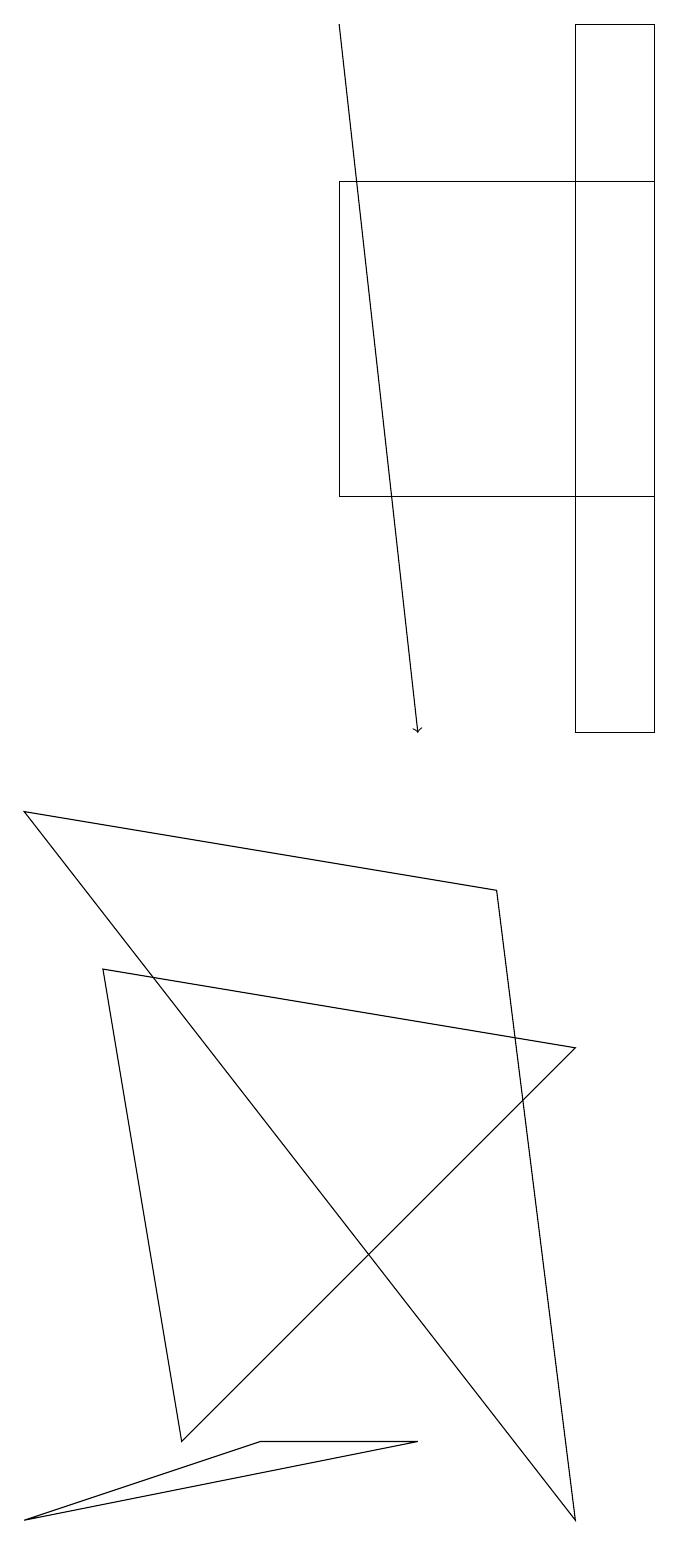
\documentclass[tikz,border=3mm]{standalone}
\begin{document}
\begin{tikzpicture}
\draw[->] (4,19) -- (5,10);
\draw (3,1) -- (0,0) -- (5,1) -- cycle;
\draw (7,6) -- (2,1) -- (1,7) -- cycle;
\draw (8,19) rectangle (7,10);
\draw (7,0) -- (0,9) -- (6,8) -- cycle;
\draw (4,13) rectangle (8,17);
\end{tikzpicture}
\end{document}